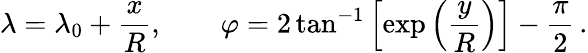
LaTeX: \lambda=\lambda_{0}+{\frac{x}{R}},\qquad\varphi=2\tan^{-1}\left[\exp\left({\frac{y}{R}}\right)\right]-{\frac{\pi}{2}}\, .